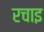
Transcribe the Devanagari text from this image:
रचाइ